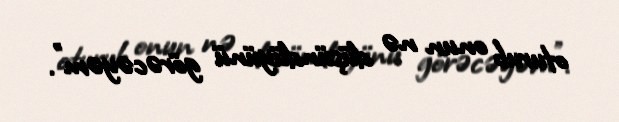
oturub onun nə düşündüyünü görəcəyəm".